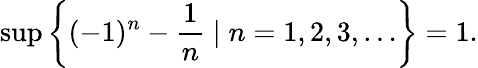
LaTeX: \operatorname*{sup}\left\{ (-1)^{n}-{\frac{1}{n}}\mid n=1,2,3,\ldots\right\} =1.